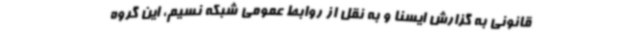
قانونی به گزارش ایسنا و به نقل از روابط عمومی شبکه نسیم، این گروه